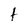
Character: t